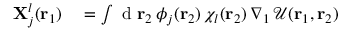
\begin{array} { r l } { \mathbf { X } _ { j } ^ { l } ( { \mathbf { r } _ { 1 } } ) } & { { } = \int \mathrm { ~ d ~ } { \mathbf { r } _ { 2 } } \, \phi _ { j } ( { \mathbf { r } _ { 2 } } ) \, \chi _ { l } ( { \mathbf { r } _ { 2 } } ) \, \nabla _ { 1 } \, \mathcal { U } ( { \mathbf { r } _ { 1 } } , { \mathbf { r } _ { 2 } } ) } \end{array}